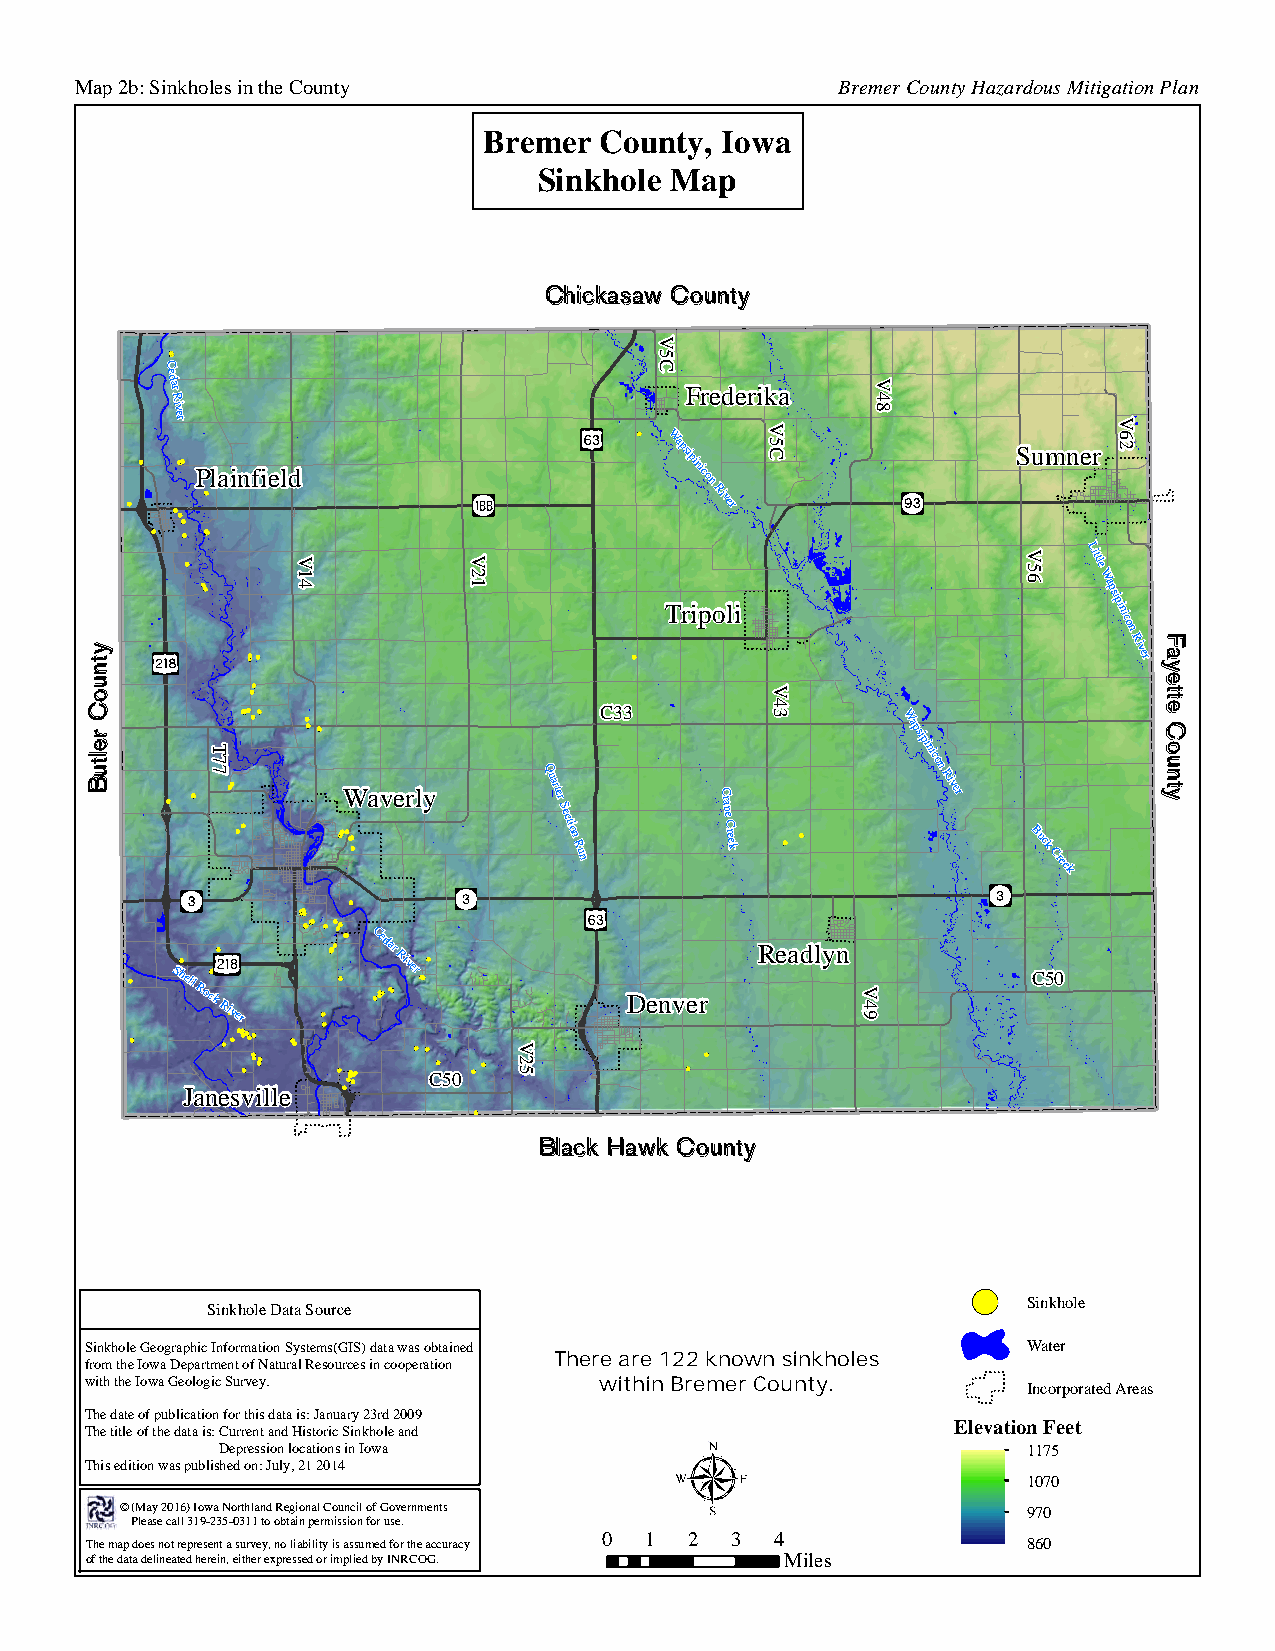
Map 2b: Sinkholes in the County                   Bremer County Hazardous Mitigation Plan
 Bremer  County, Iowa
 Sinkhole Map
 Chickasaw County
 C
 ed
 ar
 R
 Frederika
 iver
 V
 Plainfield
 Wapsipinicon 5
 C               Sumner
 River
 Little
 W
 Tripoli
 apsipinicon
 River
 C33
 W
 T
 7
 7                     Q
 apsipinicon
 Waverly
 uarter
 S
 ection
 R
 un
 C
 rane
 C
 reek
 River
 Buck
 Creek
 Shell
 Rock
 River
 Cedar
 River
 Denver
 Readlyn
 C50
 C50
 Janesville
 Black Hawk County
 Sinkhole
 Sinkhole Data Source
 Sinkhole Geographic Information Systems(GIS) data was obtained Water
 from the Iowa Department of Natural Resources in cooperation There are 122 known sinkholes
 with the Iowa Geologic Survey.    within Bremer County.       Incorporated Areas
 The date of publication for this data is: January 23rd 2009
 The title of the data is: Current and Historic Sinkhole and Elevation Feet
 Depression locations in Iowa                          1175
 This edition was published on: July, 21 2014
 1070
 © (May 2016) Iowa Northland Regional Council of Governments 970
 Please call 319-235-0311 to obtain permission for use.
 The map does not represent a survey, no liability is assumed for the accuracy 0 1 2 3 4 860
 of the data delineated herein, either expressed or implied by INRCOG. Miles
 ytnuoC
 reltuB
 V14        V21
 V25
 V5C
 V43
 V49
 V48
 V56
 V62
 Fayette
 County